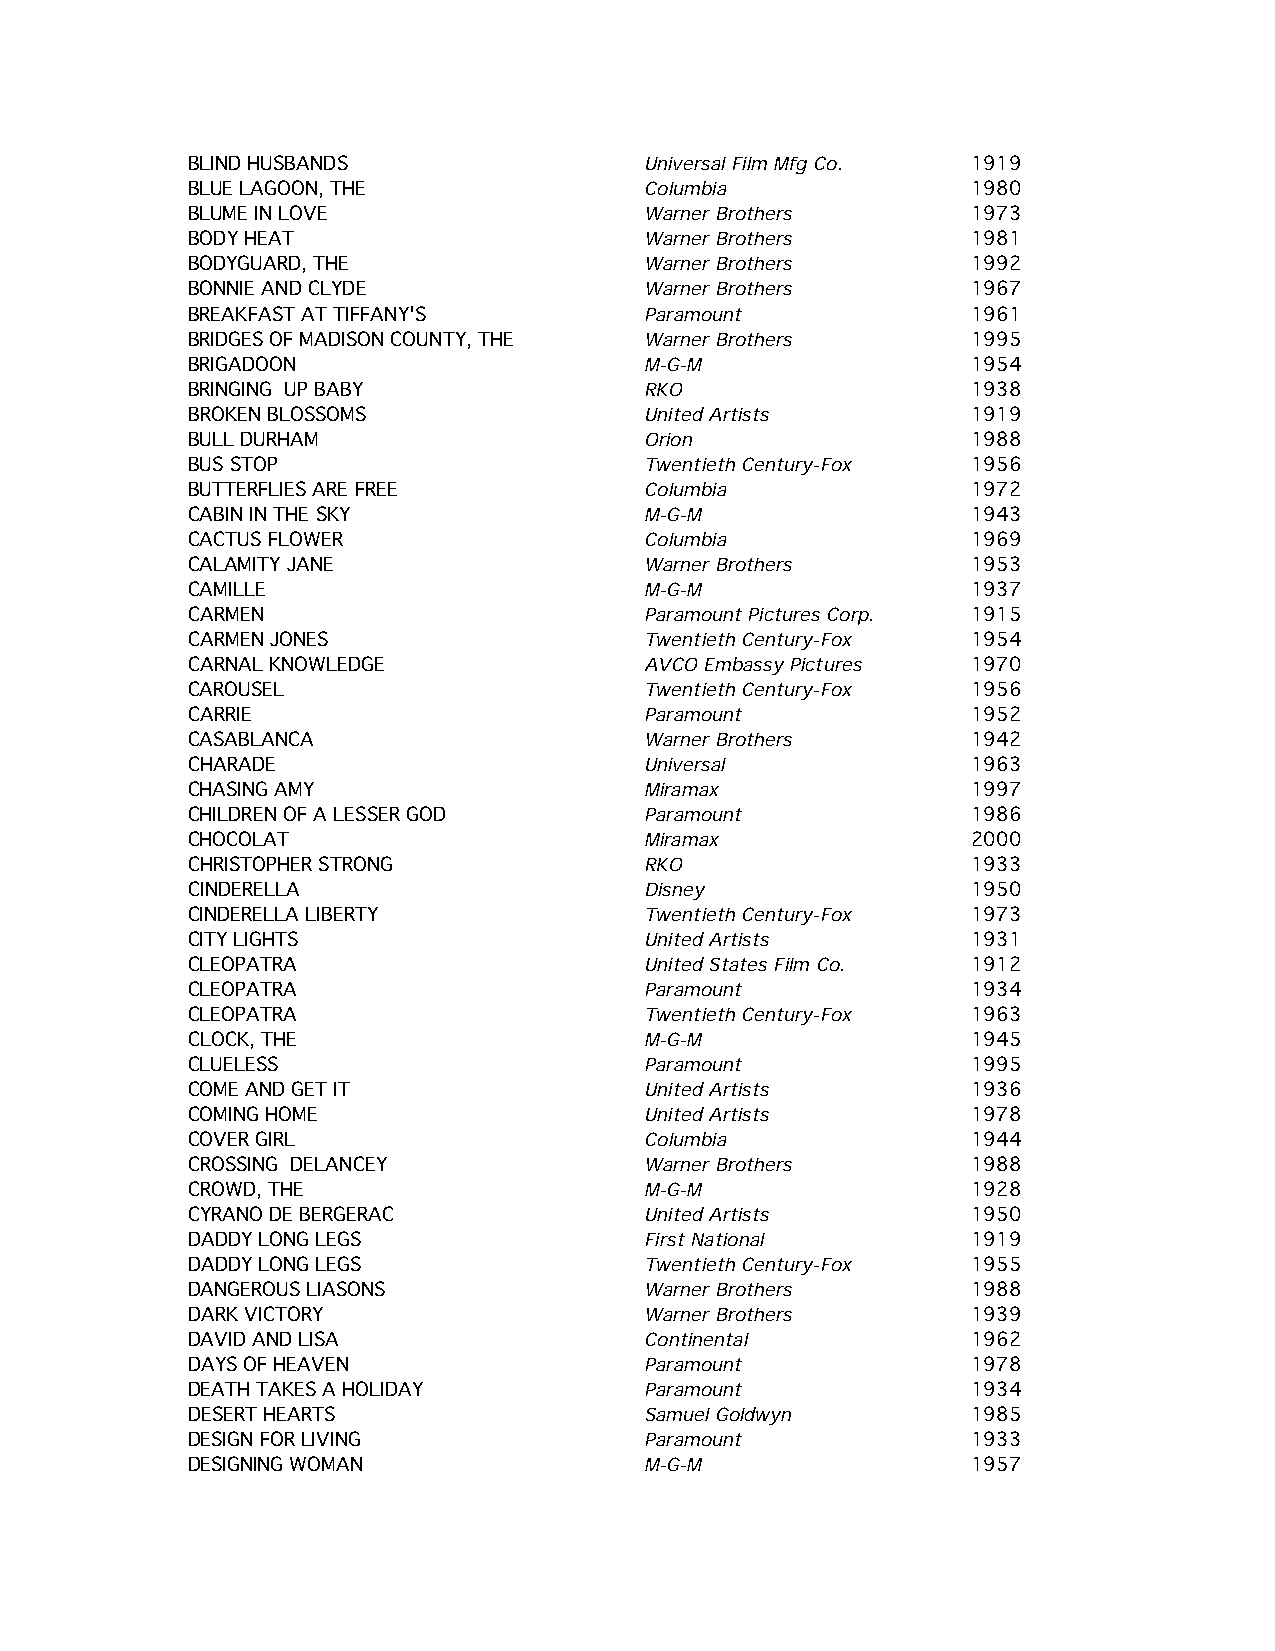
BLIND HUSBANDS                 Universal Film Mfg Co. 1919
 BLUE LAGOON, THE               Columbia             1980
 BLUME IN LOVE                  Warner Brothers      1973
 BODY HEAT                      Warner Brothers      1981
 BODYGUARD, THE                 Warner Brothers      1992
 BONNIE AND CLYDE               Warner Brothers      1967
 BREAKFAST AT TIFFANY'S         Paramount            1961
 BRIDGES OF MADISON COUNTY, THE Warner Brothers      1995
 BRIGADOON                      M-G-M                1954
 BRINGING UP BABY               RKO                  1938
 BROKEN BLOSSOMS                United Artists       1919
 BULL DURHAM                    Orion                1988
 BUS STOP                       Twentieth Century-Fox 1956
 BUTTERFLIES ARE FREE           Columbia             1972
 CABIN IN THE SKY               M-G-M                1943
 CACTUS FLOWER                  Columbia             1969
 CALAMITY JANE                  Warner Brothers      1953
 CAMILLE                        M-G-M                1937
 CARMEN                         Paramount Pictures Corp. 1915
 CARMEN JONES                   Twentieth Century-Fox 1954
 CARNAL KNOWLEDGE               AVCO Embassy Pictures 1970
 CAROUSEL                       Twentieth Century-Fox 1956
 CARRIE                         Paramount            1952
 CASABLANCA                     Warner Brothers      1942
 CHARADE                        Universal            1963
 CHASING AMY                    Miramax              1997
 CHILDREN OF A LESSER GOD       Paramount            1986
 CHOCOLAT                       Miramax              2000
 CHRISTOPHER STRONG             RKO                  1933
 CINDERELLA                     Disney               1950
 CINDERELLA LIBERTY             Twentieth Century-Fox 1973
 CITY LIGHTS                    United Artists       1931
 CLEOPATRA                      United States Film Co. 1912
 CLEOPATRA                      Paramount            1934
 CLEOPATRA                      Twentieth Century-Fox 1963
 CLOCK, THE                     M-G-M                1945
 CLUELESS                       Paramount            1995
 COME AND GET IT                United Artists       1936
 COMING HOME                    United Artists       1978
 COVER GIRL                     Columbia             1944
 CROSSING DELANCEY              Warner Brothers      1988
 CROWD, THE                     M-G-M                1928
 CYRANO DE BERGERAC             United Artists       1950
 DADDY LONG LEGS                First National       1919
 DADDY LONG LEGS                Twentieth Century-Fox 1955
 DANGEROUS LIASONS              Warner Brothers      1988
 DARK VICTORY                   Warner Brothers      1939
 DAVID AND LISA                 Continental          1962
 DAYS OF HEAVEN                 Paramount            1978
 DEATH TAKES A HOLIDAY          Paramount            1934
 DESERT HEARTS                  Samuel Goldwyn       1985
 DESIGN FOR LIVING              Paramount            1933
 DESIGNING WOMAN                M-G-M                1957